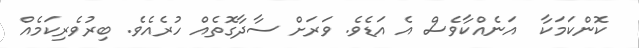
ކޮންކަމަކާ  އަނެއްކާވެސް އެ އަޑެވެ. ވަރަށް ސާދާގޮތެއް ހުރެއެވެ. ބިރުވެރިކަމެއް